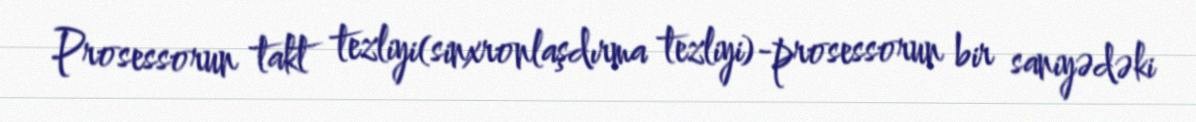
Prosessorun takt tezliyi(sinxronlaşdırma tezliyi)-prosessorun bir saniyədəki